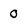
Character: 0